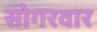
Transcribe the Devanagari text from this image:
सोगरवार